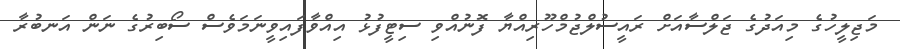
މަޖިލީހުގެ މިއަދުގެ ޖަލްސާއަށް ރައީސުލްޖުމްހޫރިއްޔާ ފޮނުއްވި ސިޓީފުޅު އިއްވާފައިވީނަމަވެސް ސޯބިރުގެ ނަން އަނބުރާ